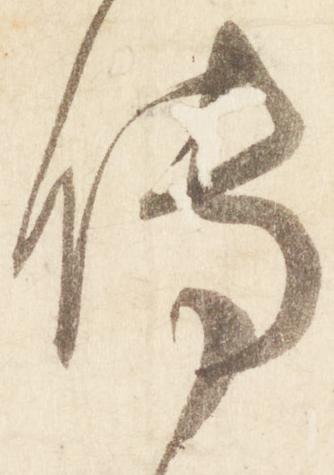
伝